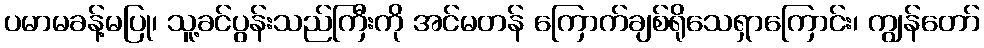
ပမာမခန့်မပြု၊ သူ့ခင်ပွန်းသည်ကြီးကို အင်မတန် ကြောက်ချစ်ရိုသေရှာကြောင်း၊ ကျွန်တော်